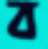
ব